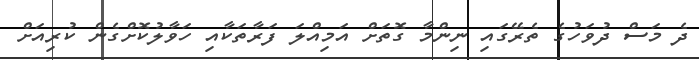
ދެ މަސް ދުވަހުގެ ތެރޭގައި ނިންމާ ގޮތަށް އަމިއްލަ ފަރާތަކާއި ހަވާލުކޮށްގެން ކުރިއަށް